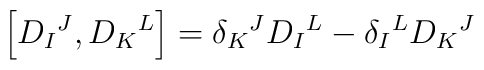
\left[ D_I{}^J,D_K{}^L \right] = \delta_K{}^J D_I{}^L - \delta_I{}^LD_K{}^J